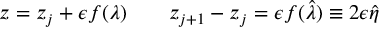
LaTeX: z = z _ { j } + \epsilon f ( \lambda ) \qquad z _ { j + 1 } - z _ { j } = \epsilon f ( \hat { \lambda } ) \equiv 2 \epsilon \hat { \eta }